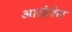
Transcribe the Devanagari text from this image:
आरहेनेस